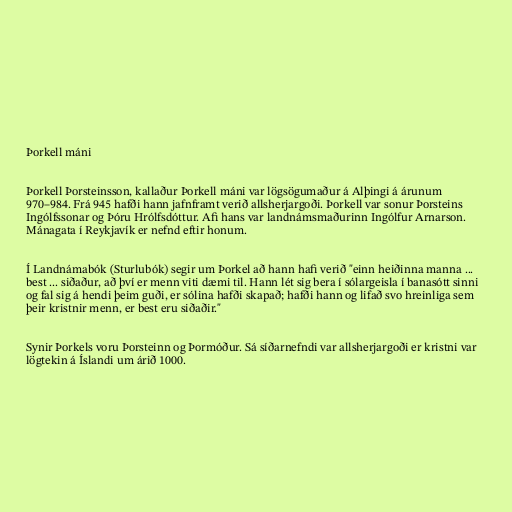
Þorkell máni

Þorkell Þorsteinsson, kallaður Þorkell máni var lögsögumaður á Alþingi á árunum
970–984. Frá 945 hafði hann jafnframt verið allsherjargoði. Þorkell var sonur Þorsteins
Ingólfssonar og Þóru Hrólfsdóttur. Afi hans var landnámsmaðurinn Ingólfur Arnarson.
Mánagata í Reykjavík er nefnd eftir honum.

Í Landnámabók (Sturlubók) segir um Þorkel að hann hafi verið "einn heiðinna manna ...
best ... siðaður, að því er menn viti dæmi til. Hann lét sig bera í sólargeisla í banasótt sinni
og fal sig á hendi þeim guði, er sólina hafði skapað; hafði hann og lifað svo hreinliga sem
þeir kristnir menn, er best eru siðaðir."

Synir Þorkels voru Þorsteinn og Þormóður. Sá síðarnefndi var allsherjargoði er kristni var
lögtekin á Íslandi um árið 1000.